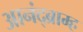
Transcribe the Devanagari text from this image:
आनंद्ब्राम्ह